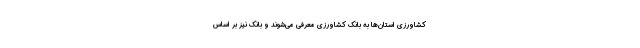
کشاورزی استان‌ها به بانک کشاورزی معرفی می‌شوند و بانک نیز بر اساس